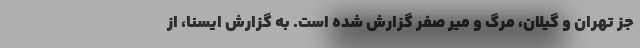
جز تهران و گیلان، مرگ و میر صفر گزارش شده است. به گزارش ایسنا، از